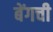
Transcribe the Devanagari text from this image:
बेंगची